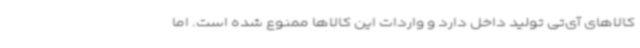
کالاهای آی‌تی تولید داخل دارد و واردات این کالاها ممنوع شده است. اما